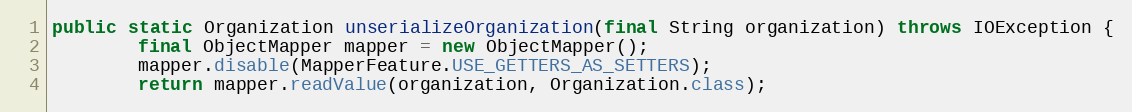
Language: Java
public static Organization unserializeOrganization(final String organization) throws IOException {
        final ObjectMapper mapper = new ObjectMapper();
        mapper.disable(MapperFeature.USE_GETTERS_AS_SETTERS);
        return mapper.readValue(organization, Organization.class);